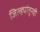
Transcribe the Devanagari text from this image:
जिल्ह्यांतूनही